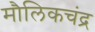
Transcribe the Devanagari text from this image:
मौलिकचंद्र